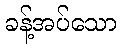
ခန့်အပ်သော